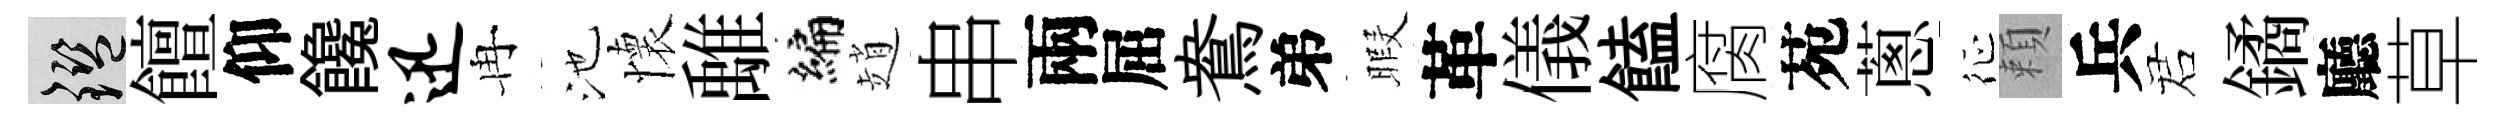
鑒饘仰饞迅冉池懷𩀌编趙串兩屈鴦弟暇革儀饁腐苑蔥征頼兵诺鐍廳草